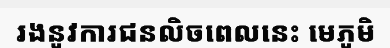
រងនូវការជនលិចពេលនេះ មេភូមិ